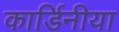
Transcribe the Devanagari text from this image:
कार्डिनीया